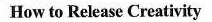
How to Release Creativity